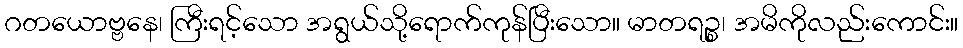
ဂတယောဗ္ဗနေ၊ ကြီးရင့်သော အရွယ်သို့ရောက်ကုန်ပြီးသော။ မာတရဉ္စ၊ အမိကိုလည်းကောင်း။